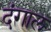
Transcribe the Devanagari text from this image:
दंगाल